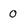
Character: 0